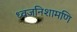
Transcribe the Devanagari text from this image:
ध्वजनिशामणि